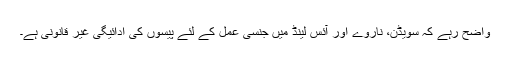
واضح رہے کہ سویڈن، ناروے اور آئس لینڈ میں جنسی عمل کے لئے پیسوں کی ادائیگی غیر قانونی ہے۔